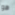
هو